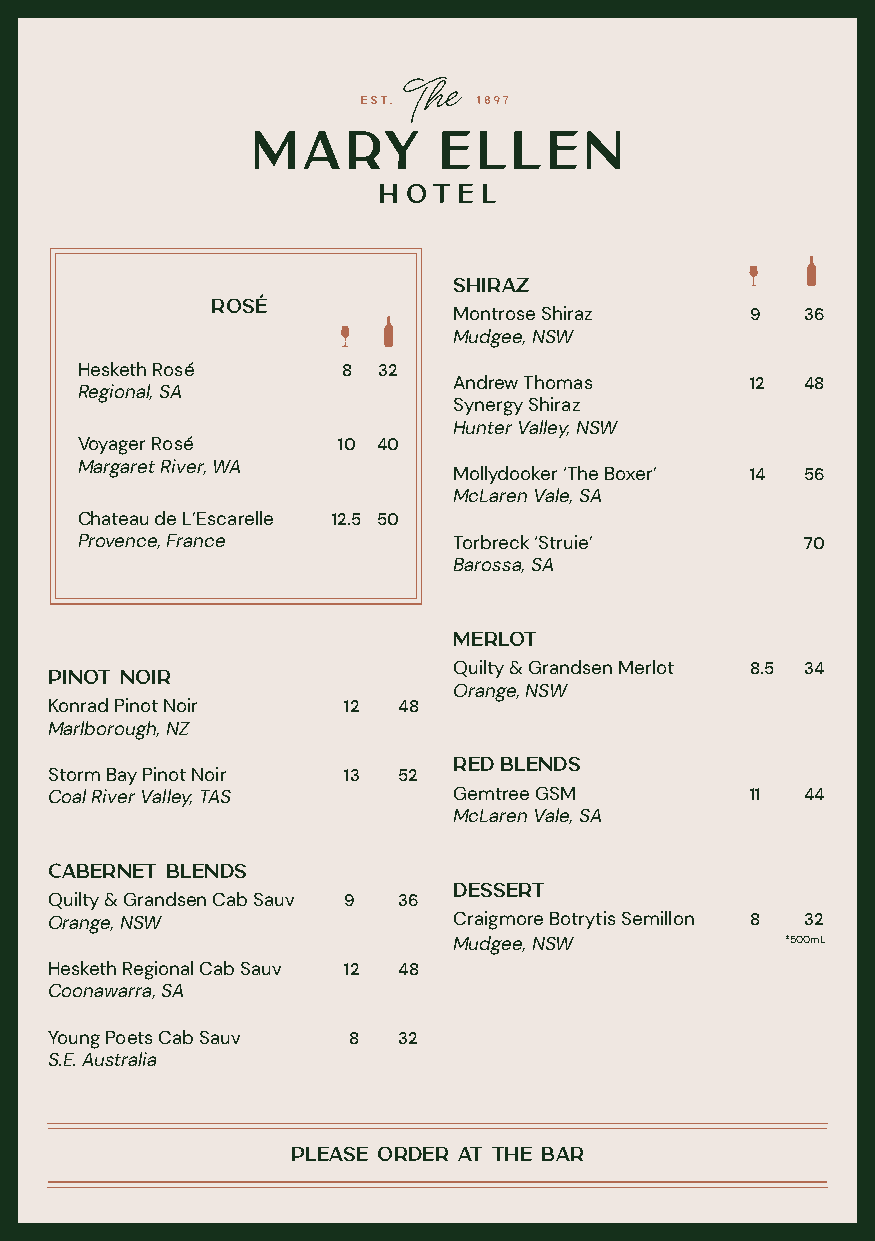
Shiraz
 RosÉ            Montrose Shiraz     9  36
 Mudgee, NSW
 Hesketh Rosé      8 32
 Andrew Thomas       12 48
 Regional, SA
 Synergy Shiraz
 Hunter Valley, NSW
 Voyager Rosé     10 40
 Margaret River, WA
 Mollydooker ‘The Boxer’ 14 56
 McLaren Vale, SA
 Chateau de L’Escarelle 12.5 50
 Provence, France         Torbreck ‘Struie’      70
 Barossa, SA
 Merlot
 Quilty & Grandsen Merlot 8.5 34
 Pinot Noir
 Orange, NSW
 Konrad Pinot Noir   12 48
 Marlborough, NZ
 Red Blends
 Storm Bay Pinot Noir 13 52
 Coal River Valley, TAS     Gemtree GSM         11 44
 McLaren Vale, SA
 Cabernet Blends
 DESSERT
 Quilty & Grandsen Cab Sauv 9 36
 Orange, NSW                Craigmore Botrytis Semillon 8 32
 Mudgee, NSW           *500mL
 Hesketh Regional Cab Sauv 12 48
 Coonawarra, SA
 Young Poets Cab Sauv 8 32
 S.E. Australia
 PLEASE ORDER AT THE BAR